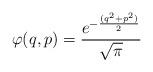
LaTeX: \begin{align*}\varphi(q,p)=\frac{e^{-\frac{(q^2+p^2)}{2}}}{\sqrt{\pi}}\end{align*}